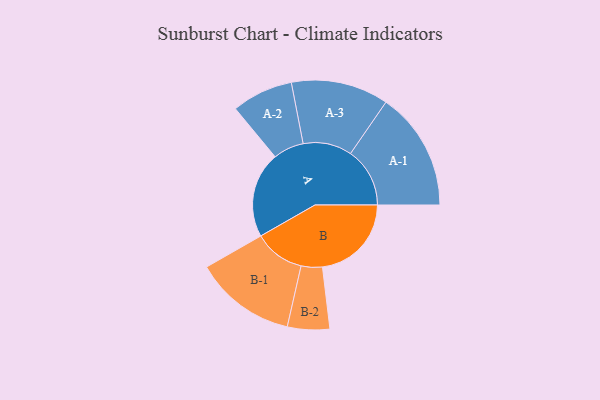
{"axis": {"x": "Segment", "y": "Value"}, "legend": ["", "A", "B"], "data": [{"x": "A", "y": 431, "type": ""}, {"x": "B", "y": 447, "type": ""}, {"x": "A-1", "y": 298, "type": "A"}, {"x": "A-2", "y": 154, "type": "A"}, {"x": "A-3", "y": 245, "type": "A"}, {"x": "B-1", "y": 255, "type": "B"}, {"x": "B-2", "y": 106, "type": "B"}]}